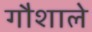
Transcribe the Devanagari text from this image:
गौशाले